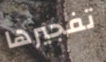
تفجيرها